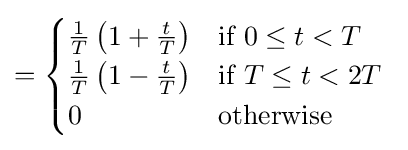
={\begin{cases}{\frac {1}{T}}\left(1+{\frac {t}{T}}\right)&{\mbox{if }}0\leq t<T\\{\frac {1}{T}}\left(1-{\frac {t}{T}}\right)&{\mbox{if }}T\leq t<2T\\0&{\mbox{otherwise}}\end{cases}}\